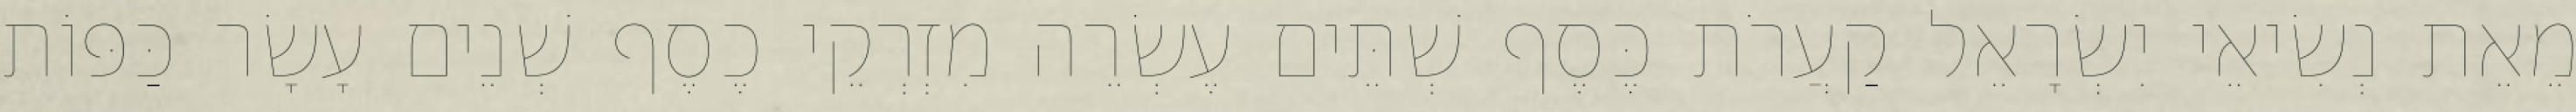
מֵאֵת נְשִׂיאֵי יִשְׂרָאֵל קַעֲרֹת כֶּסֶף שְׁתֵּים עֶשְׂרֵה מִזְרְקֵי כֶסֶף שְׁנֵים עָשָׂר כַּפּוֹת